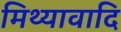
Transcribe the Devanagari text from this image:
मिथ्यावादि